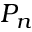
P _ { n }